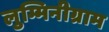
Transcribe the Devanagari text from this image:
लुम्मिनीग्राम